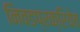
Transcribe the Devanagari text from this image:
निवडप्रक्रियेत